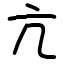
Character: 亢